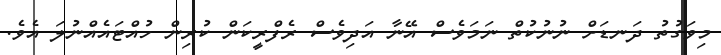
މިވަގުތު ދަނޑަށް ނުނުކުތް ނަމަވެސް އޭނާ އަދިވެސް ރެފްރީކަން ކުރިން ހުއްޓައެއްނުލަ އެވެ.